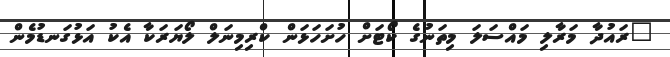
"ރައުދާ މަރާލި މައްސަލަ މިތަނުގެ ކޯޓަށް ހުށަހަޅަން ކްރިމިނަލް ލޯޔަރަކާ އެކު އަޅުގަނޑުމެން